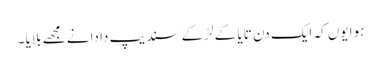
ہوا یوں کہ ایک دن تایا کے لڑکے سندیپ دا دانے مجھے بلایا ۔